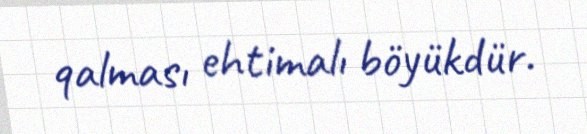
qalması ehtimalı böyükdür.